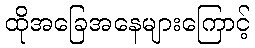
ထိုအခြေအနေများကြောင့်